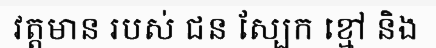
វត្តមាន របស់ ជន ស្បែក ខ្មៅ និង